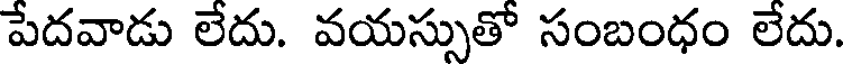
పేదవాడు లేదు. వయస్సుతో సంబంధం లేదు.